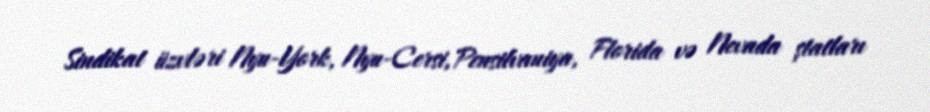
Sindikat üzvləri Nyu-York, Nyu-Cersi, Pensilvaniya, Florida və Nevada ştatları